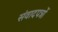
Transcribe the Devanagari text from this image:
संवादपत्रों